Vaccine operations Central Provinces & Berar 1912-1920 - 1912-1920
Year: 1912
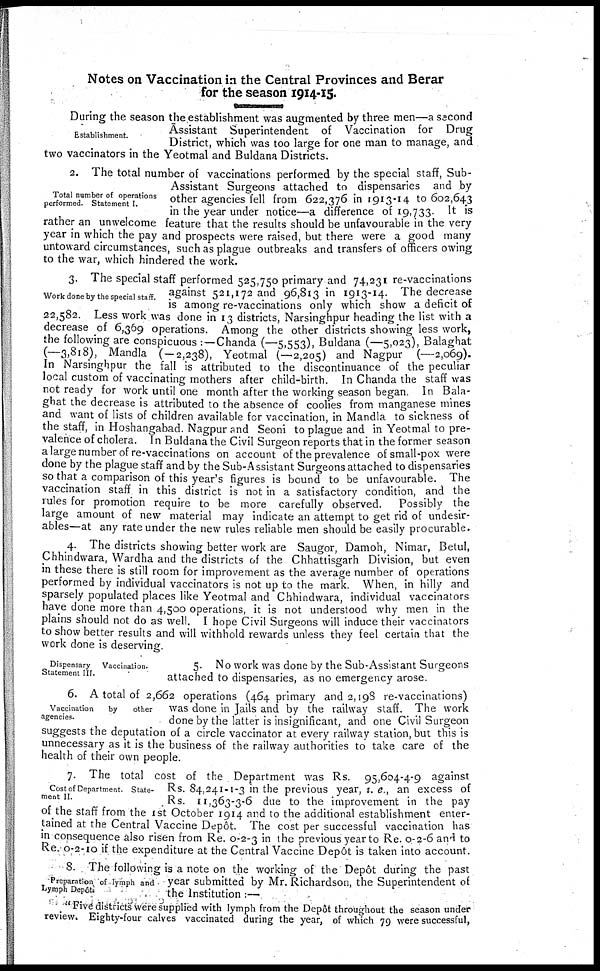
Notes on Vaccination in the Central Provinces and Berar
for the season 1914-15.
Establishment.
During the season the establishment was augmented by three men—a second
Assistant Superintendent of Vaccination for Drug
District, which was too large for one man to manage, and
two vaccinators in the Yeotmal and Buldana Districts.
Total number of operations
performed. Statement I.
2. The total number of vaccinations performed by the special staff, Sub-
Assistant Surgeons attached to dispensaries and by
other agencies fell from 622,376 in 1913-14 to 602,643
in the year under notice—a difference of 19,733. It is
rather an unwelcome feature that the results should be unfavourable in the very
year in which the pay and prospects were raised, but there were a good many
untoward circumstances, such as plague outbreaks and transfers of officers owing
to the war, which hindered the work.
Work done by the special staff.
3. The special staff performed 525,750 primary and 74,231 re-vaccinations
against 521,172 and 96,813 in 1913-14. The decrease
is among re-vaccinations only which show a deficit of
22,582. Less work was done in 13 districts, Narsinghpur heading the list with a
decrease of 6,369 operations. Among the other districts showing less work,
the following are conspicuous :—Chanda (—5,553), Buldana (—5,023), Balaghat
(—3,818), Mandla (—2,238), Yeotmal (—2,205) and Nagpur (—2,069).
In Narsinghpur the fall is attributed to the discontinuance of the peculiar
local custom of vaccinating mothers after child-birth. In Chanda the staff was
not ready for work until one month after the working season began. In Bala-
ghat the decrease is attributed to the absence of coolies from manganese mines
and want of lists of children available for vaccination, in Mandla to sickness of
the staff, in Hoshangabad. Nagpur and Seoni to plague and in Yeotmal to pre-
valence of cholera. In Buldana the Civil Surgeon reports that in the former season
a large number of re-vaccinations on account of the prevalence of small-pox were
done by the plague staff and by the Sub-Assistant Surgeons attached to dispensaries
so that a comparison of this year's figures is bound to be unfavourable. The
vaccination staff in this district is not in a satisfactory condition, and the
rules for promotion require to be more carefully observed. Possibly the
large amount of new material may indicate an attempt to get rid of undesir-
ables—at any rate under the new rules reliable men should be easily procurable.
4. The districts showing better work are Saugor, Damoh, Nimar, Betul,
Chhindwara, Wardha and the districts of the Chhattisgarh Division, but even
in these there is still room for improvement as the average number of operations
performed by individual vaccinators is not up to the mark. When, in hilly and
sparsely populated places like Yeotmal and Chhindwara, individual vaccinators
have done more than 4,500 operations, it is not understood why men in the
plains should not do as well. I hope Civil Surgeons will induce their vaccinators
to show better results and will withhold rewards unless they feel certain that the
work done is deserving:.
Dispensary
Vaccination.
Statement III.
5. No work was done by the Sub-Assistant Surgeons
attached to dispensaries, as no emergency arose.
Vaccination
by
other
agencies.
6. A total of 2,662 operations (464 primary and 2,198 re-vaccinations)
was done in Jails and by the railway staff. The work
done by the latter is insignificant, and one Civil Surgeon
suggests the deputation of a circle vaccinator at every railway station, but this is
unnecessary as it is the business of the railway authorities to take care of the
health of their own people.
Cost of Department. State-
ment II.
7. The total cost of the Department was Rs. 95,604-4-9 against
Rs. 84,241-1-3 in the previous year, i. e., an excess of
Rs. 11,363-3-6 due to the improvement in the pay
of the staff from the 1st October 1914 and to the additional establishment enter-
tained at the Central Vaccine Depôt. The cost per successful vaccination has
in consequence also risen from Re. 0-2-3 in the previous year to Re. 0-2-6 and to
Re. 0-2-10 if the expenditure at the Central Vaccine Depôt is taken into account
Preparation of lymph and
Lymph Depôt.
8. The following is a note on the working of the Depôt during the past
year submitted by Mr. Richardson, the Superintendent of
the Institution :—
"Five districts were supplied with lymph from the Depôt throughout the season under
review. Eighty-four calves vaccinated during the year, of which 79 were successful,